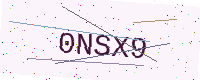
Text: 0NSX9